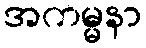
အကမ္မနာ